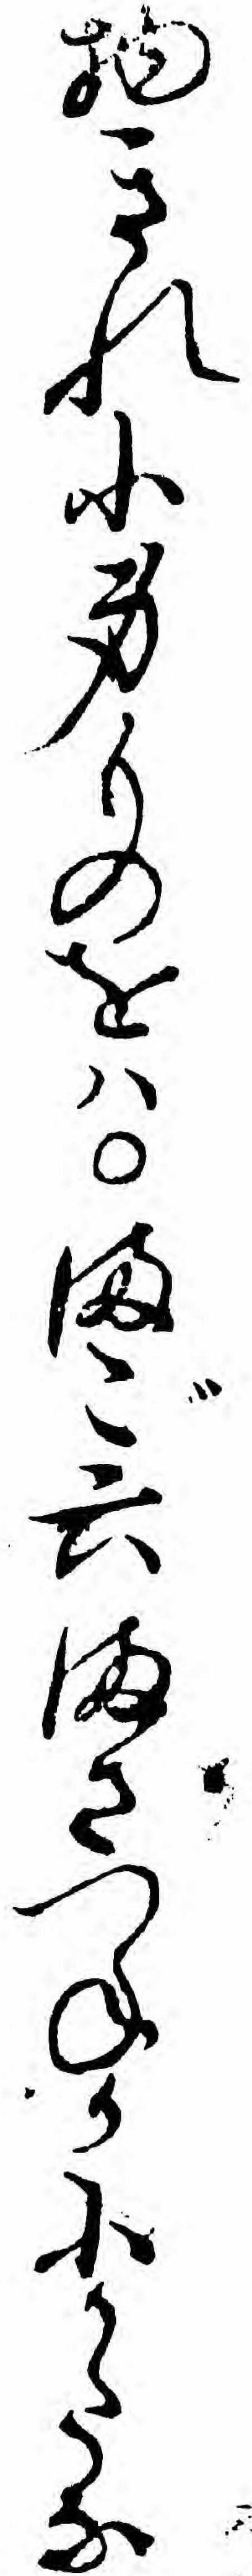
物きれ小身ものをハまご六まさつねか小かたな